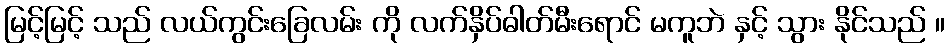
မြင့်မြင့် သည် လယ်ကွင်းခြေလမ်း ကို လက်နှိပ်ဓါတ်မီးရောင် မကူဘဲ နှင့် သွား နိုင်သည် ။